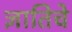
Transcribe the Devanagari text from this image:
ज्ञातिचे